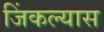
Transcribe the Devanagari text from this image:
जिंकल्यास